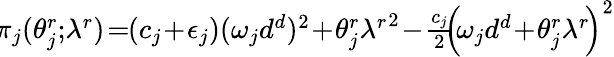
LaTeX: \begin{array}{r}{\! \pi_{j}(\theta_{j}^{r};\! \lambda^{r})\! =\! \! (c_{j}\! +\! \epsilon_{j})(\omega_{j}{d^{d}})^{2}\! +\! \theta_{j}^{r}{\lambda^{r}}^{2}\! -\! \frac{c_{j}}{2}\! \! \left(\! \omega_{j}d^{d}\! +\! \theta_{j}^{r}{\lambda^{r}}\! \right)^{2}}\end{array}